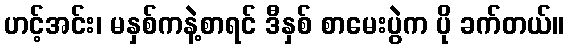
ဟင့်အင်း၊ မနှစ်ကနဲ့စာရင် ဒီနှစ် စာမေးပွဲက ပို ခက်တယ်။